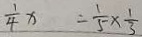
\frac { 1 } { 4 } x = \frac { 1 } { 5 } \times \frac { 1 } { 3 }